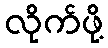
လိုက်ဖို့